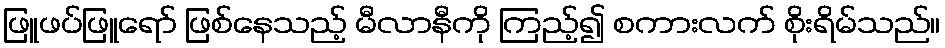
ဖြူဖပ်ဖြူရော် ဖြစ်နေသည့် မီလာနီကို ကြည့်၍ စကားလက် စိုးရိမ်သည်။